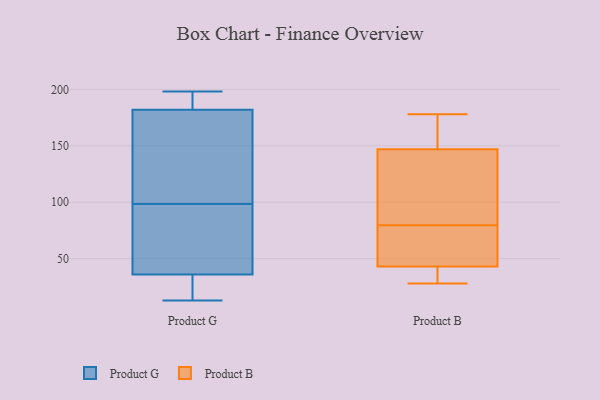
{"axis": {"x": "Net Income (USD K)", "y": "Value"}, "legend": ["Product B", "Product G"], "data": [{"x": "", "y": 13, "type": "Product G"}, {"x": "", "y": 36, "type": "Product G"}, {"x": "", "y": 99, "type": "Product G"}, {"x": "", "y": 190, "type": "Product G"}, {"x": "", "y": 42, "type": "Product G"}, {"x": "", "y": 145, "type": "Product G"}, {"x": "", "y": 19, "type": "Product G"}, {"x": "", "y": 98, "type": "Product G"}, {"x": "", "y": 182, "type": "Product G"}, {"x": "", "y": 198, "type": "Product G"}, {"x": "", "y": 75, "type": "Product B"}, {"x": "", "y": 178, "type": "Product B"}, {"x": "", "y": 171, "type": "Product B"}, {"x": "", "y": 38, "type": "Product B"}, {"x": "", "y": 28, "type": "Product B"}, {"x": "", "y": 147, "type": "Product B"}, {"x": "", "y": 109, "type": "Product B"}, {"x": "", "y": 84, "type": "Product B"}, {"x": "", "y": 56, "type": "Product B"}, {"x": "", "y": 43, "type": "Product B"}]}